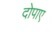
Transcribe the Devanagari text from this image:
दोपाए